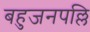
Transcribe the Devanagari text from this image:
बहुजनपल्लि